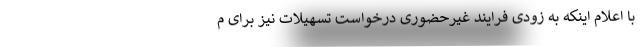
با اعلام اینکه به زودی فرایند غیرحضوری درخواست تسهیلات نیز برای م